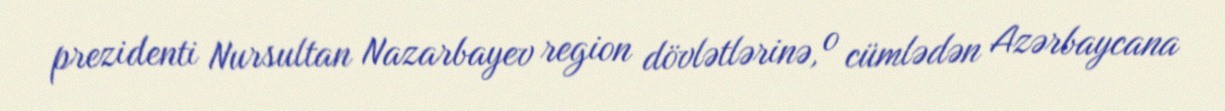
prezidenti Nursultan Nazarbayev region dövlətlərinə, o cümlədən Azərbaycana